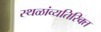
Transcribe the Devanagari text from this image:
स्थळांव्यतिरिक्त